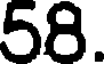
58.